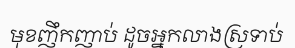
មុខញឹកញាប់ ដូចអ្នកលាងស្រទាប់